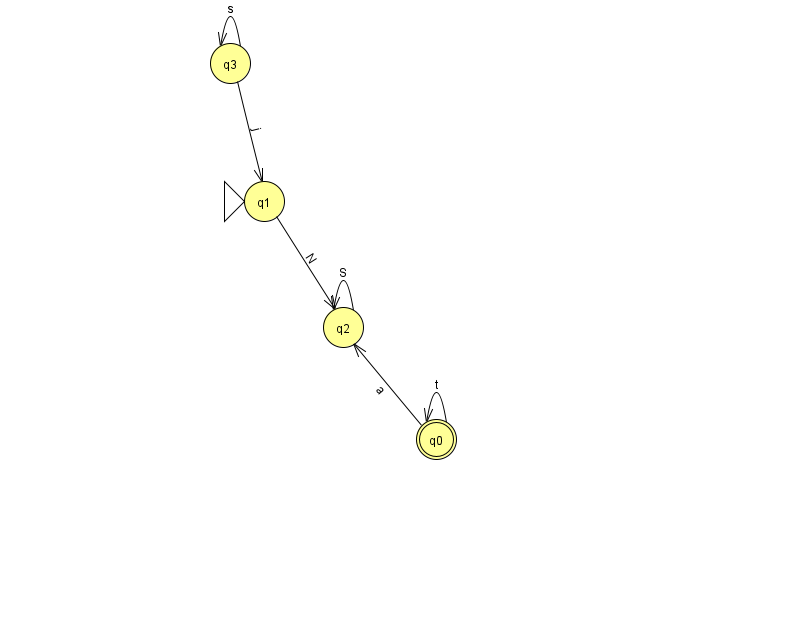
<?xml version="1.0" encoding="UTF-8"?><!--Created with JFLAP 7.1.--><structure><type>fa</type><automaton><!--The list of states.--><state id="0" name="q0"><x>436.0</x><y>426.0</y><final/></state><state id="1" name="q1"><x>264.0</x><y>188.0</y><initial/></state><state id="2" name="q2"><x>343.0</x><y>314.0</y></state><state id="3" name="q3"><x>230.0</x><y>50.0</y></state><!--The list of transitions.--><transition><from>3</from><to>1</to><read>j</read></transition><transition><from>2</from><to>2</to><read>S</read></transition><transition><from>3</from><to>3</to><read>s</read></transition><transition><from>0</from><to>0</to><read>t</read></transition><transition><from>1</from><to>2</to><read>N</read></transition><transition><from>0</from><to>2</to><read>a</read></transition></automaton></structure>